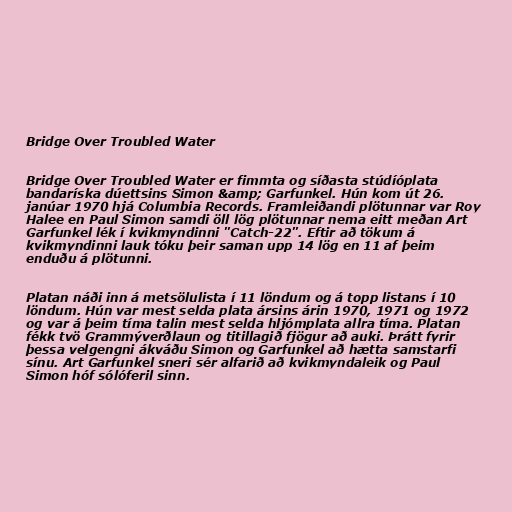
Bridge Over Troubled Water

Bridge Over Troubled Water er fimmta og síðasta stúdíóplata
bandaríska dúettsins Simon &amp; Garfunkel. Hún kom út 26.
janúar 1970 hjá Columbia Records. Framleiðandi plötunnar var Roy
Halee en Paul Simon samdi öll lög plötunnar nema eitt meðan Art
Garfunkel lék í kvikmyndinni "Catch-22". Eftir að tökum á
kvikmyndinni lauk tóku þeir saman upp 14 lög en 11 af þeim
enduðu á plötunni.

Platan náði inn á metsölulista í 11 löndum og á topp listans í 10
löndum. Hún var mest selda plata ársins árin 1970, 1971 og 1972
og var á þeim tíma talin mest selda hljómplata allra tíma. Platan
fékk tvö Grammýverðlaun og titillagið fjögur að auki. Þrátt fyrir
þessa velgengni ákváðu Simon og Garfunkel að hætta samstarfi
sínu. Art Garfunkel sneri sér alfarið að kvikmyndaleik og Paul
Simon hóf sólóferil sinn.